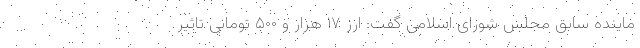
ماینده سابق مجلس شورای اسلامی گفت: ارز ۱۷ هزار و ۵۰۰ تومانی تاثیر